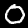
Label: 0